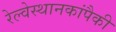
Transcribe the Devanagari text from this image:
रेल्वेस्थानकांपैकी